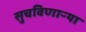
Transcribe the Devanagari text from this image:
सुचविणाऱ्या